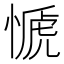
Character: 㥴